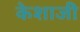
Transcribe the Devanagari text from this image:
केशाजी